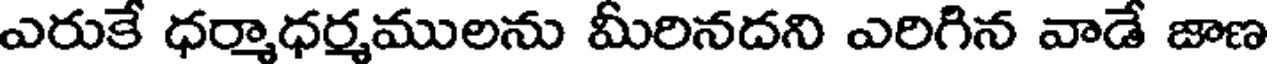
ఎరుకే ధర్మాధర్మములను మీరినదని ఎరిగిన వాడే జాణ